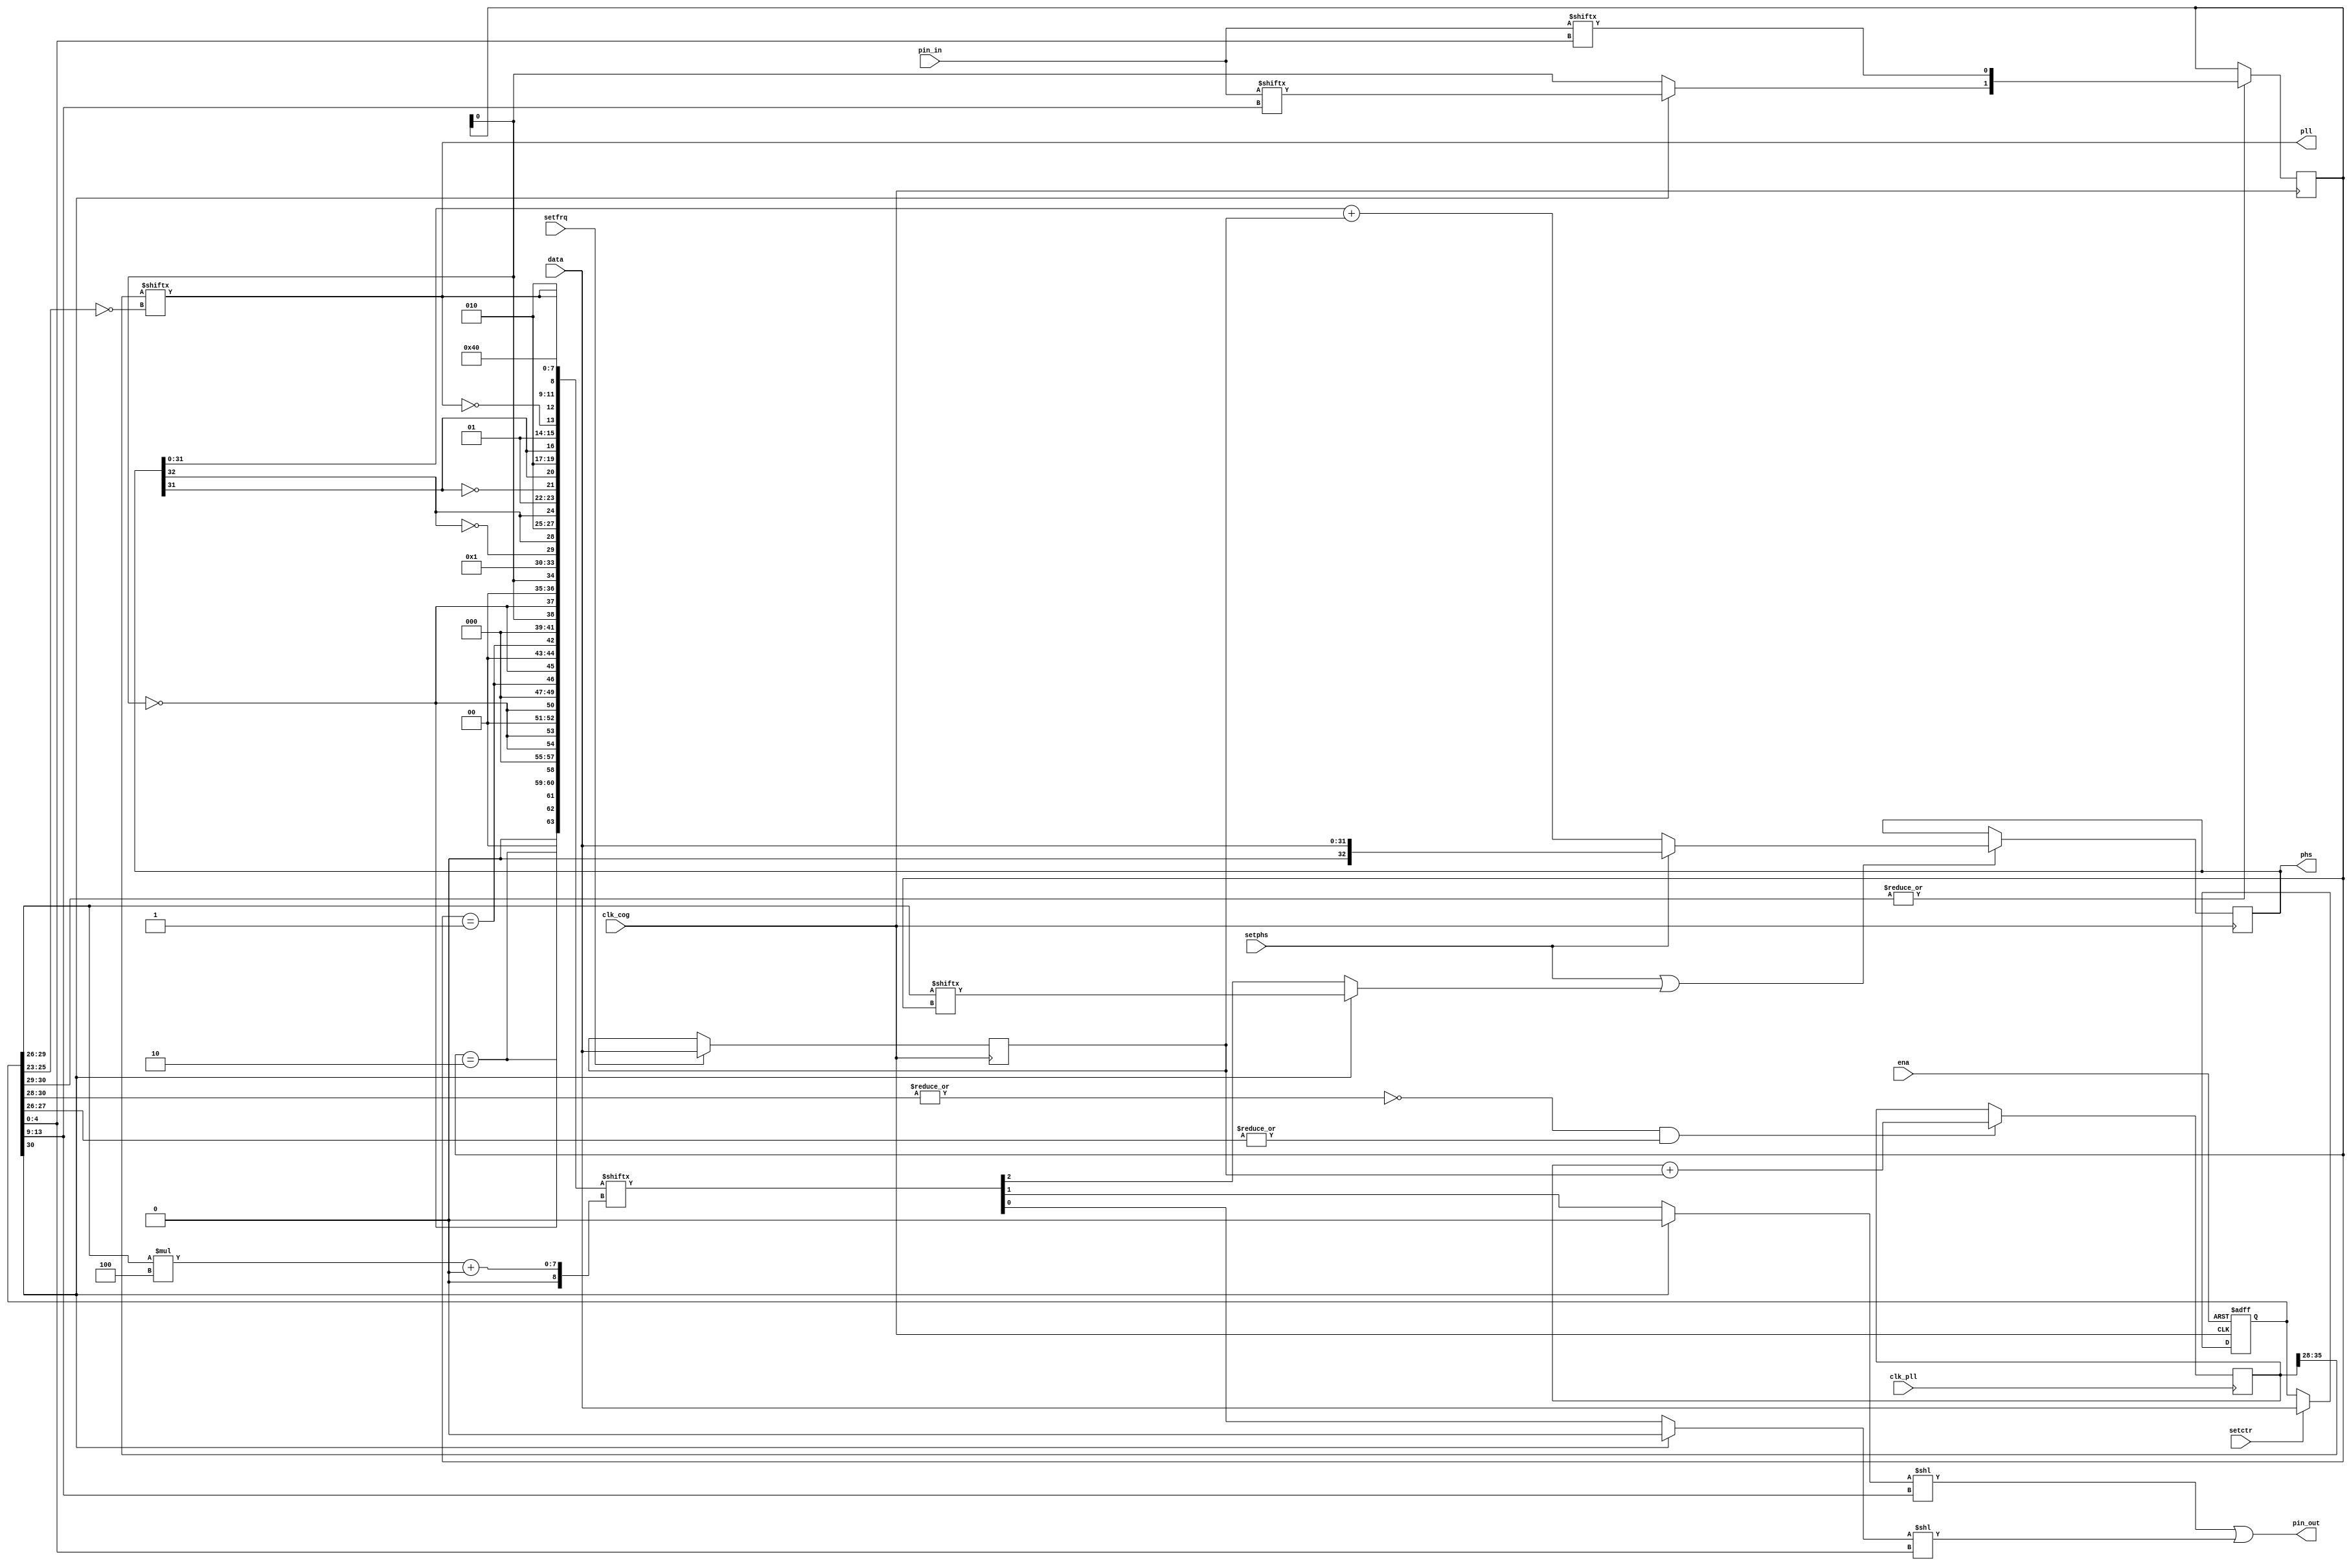
module              cog_ctr_2
(
input               clk_cog,
input               clk_pll,
input               ena,
input               setctr,
input               setfrq,
input               setphs,
input       [31:0]  data,
input       [31:0]  pin_in,
output reg  [32:0]  phs,
output      [31:0]  pin_out,
output              pll
);
reg [31:0] ctr;
reg [31:0] frq;
always @(posedge clk_cog or negedge ena)
if (!ena)
    ctr <= 32'b0;
else if (setctr)
    ctr <= data;
always @(posedge clk_cog)
if (setfrq)
    frq <= data;
always @(posedge clk_cog)
if (setphs || trig)
    phs <= setphs ? {1'b0, data} : {1'b0, phs[31:0]} + {1'b0, frq};
reg [1:0] dly;
always @(posedge clk_cog)
if (|ctr[30:29])
    dly <= {ctr[30] ? pin_in[ctr[13:9]] : dly[0], pin_in[ctr[4:0]]};
wire [63:0] tp  = { 1'b0,   dly == 2'b10,   !dly[0],    1'b0,       
                    1'b0,   dly == 2'b10,   1'b0,       1'b0,       
                    1'b0,   !dly[0],        !dly[0],    1'b0,       
                    1'b0,   !dly[0],        1'b0,       1'b0,       
                    1'b0,   dly == 2'b01,   !dly[0],    1'b0,       
                    1'b0,   dly == 2'b01,   1'b0,       1'b0,       
                    1'b0,   dly[0],         !dly[0],    1'b0,       
                    1'b0,   dly[0],         1'b0,       1'b0,       
                    1'b0,   1'b1,           !phs[32],   phs[32],    
                    1'b0,   1'b1,           1'b0,       phs[32],    
                    1'b0,   1'b1,           !phs[31],   phs[31],    
                    1'b0,   1'b1,           1'b0,       phs[31],    
                    1'b0,   1'b1,           !pll,       pll,        
                    1'b0,   1'b1,           1'b0,       pll,        
                    1'b0,   1'b1,           1'b0,       1'b0,       
                    1'b0,   1'b0,           1'b0,       1'b0 };     
wire [3:0] pick     = ctr[29:26];
wire [2:0] tba      = tp[pick*4 +: 3];
wire trig           = ctr[30] ? pick[dly]   : tba[2];       
wire outb           = ctr[30] ? 1'b0        : tba[1];       
wire outa           = ctr[30] ? 1'b0        : tba[0];       
assign pin_out      = outb << ctr[13:9] | outa << ctr[4:0];
reg [35:0] pll_fake;
always @(posedge clk_pll)
if (~|ctr[30:28] && |ctr[27:26])
    pll_fake <= pll_fake + {4'b0, frq};
wire [7:0] pll_taps = pll_fake[35:28];
assign pll          = pll_taps[~ctr[25:23]];
endmodule